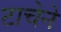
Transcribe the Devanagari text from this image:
टाचेने